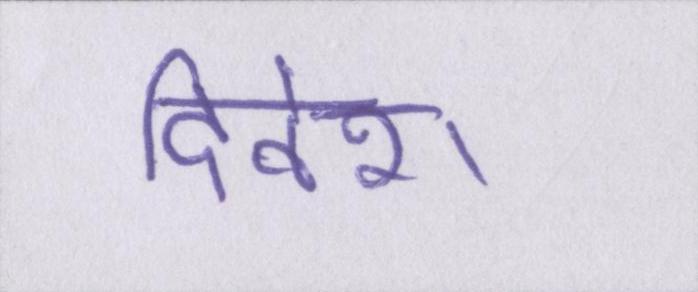
दिनेश